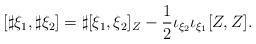
LaTeX: \begin{align*}[\sharp \xi_1,\sharp \xi_2]=\sharp [\xi_1,\xi_2]_{Z}-\frac{1}{2}\iota_{\xi_2}\iota_{\xi_1}[Z,Z].\end{align*}